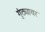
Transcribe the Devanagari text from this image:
गुंठ्यावर